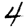
Digit: 4